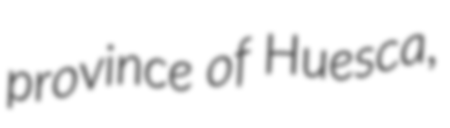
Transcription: province of Huesca,